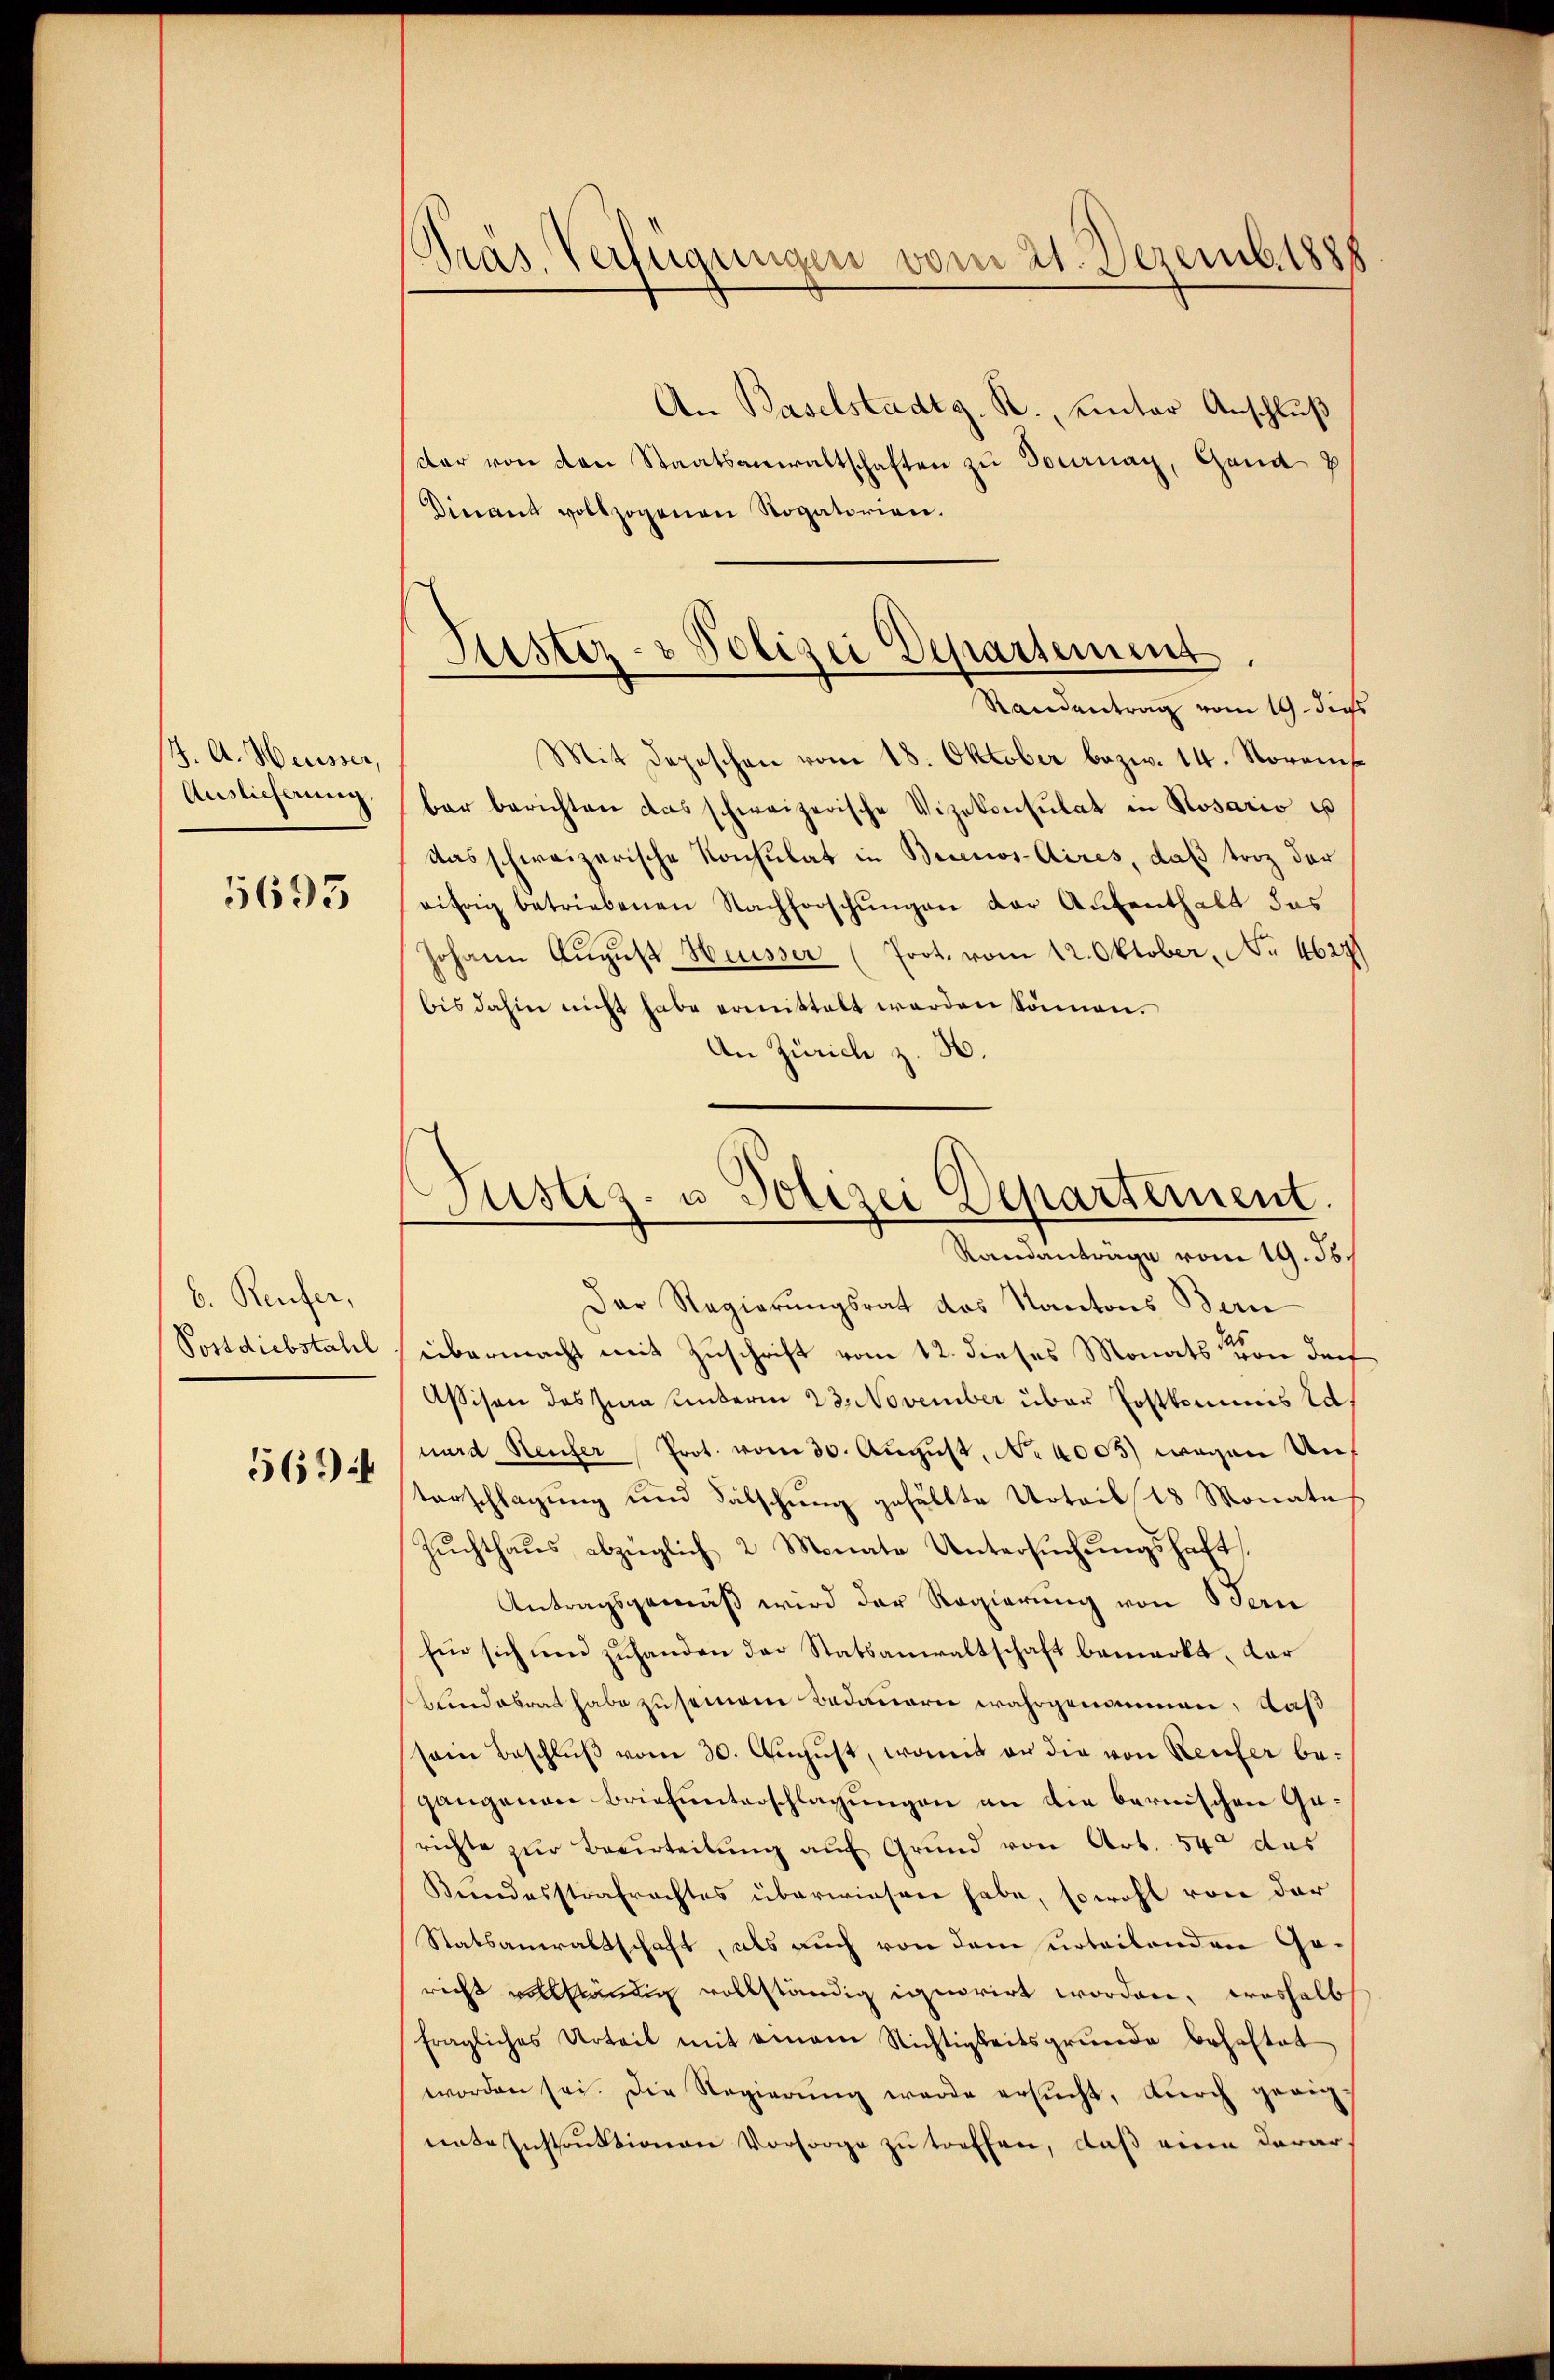
J. A. Heusser,
Auslieferung.

5693

b. Reufer,

5694

PPräs. Verfügungen vom 21. Dezemb. 1888

Justiz- & Polizei Departement,
Randantrag vom 19. die

An Baselstadtg. R., unter Anschluß
dar von den Staatsanwaltschaften zu Docenay, Gand g
Divant vollzogenen Rogatorien.
Mit Depeschen vom 18. Oktober bezw. 14. Novem
ber berichten das schweizerische Vizekonsulat in Rosario es
das schweizerische Konsulat in Buenos-Aires, daß troz der
eifrig betriebenen Nachforschŭngen der Aufenthalt das
Johann August Heusser (Prot. vom 12. Oktober, No 4627
bis dahin nicht habe ermittelt werden können.
An Zürich z. H.

Justiz- u Polizei Departement
Randanträge vom 19. ds.

Der Regierungsrat des Kantons Bern
Postdiebstahl übermacht mit Zuschrift vom 12. dieses Monats von dort
Assison des Zwa unterm 23. November über Postkommis lauard Heufer Prot. vom 30. Aŭgŭst No 4005) wegen Untarschlagung und Fälschung gefällte Urteils 18 Monate
Zuchthaus abzüglich 2 Monate Untersuchungshaft
Antragsgemäß wird der Regierung von Bern
Ein sich und zuhanden der Statsanwaltschaft bemerkt, dar
bundesrat habe zu semann Bedauern wahrgenommen, daß
sein Beschlŭβ vom 30. Aŭgŭst, womit an die von Reifer be-
gangenen Briefunterschlagungen an die bernischen Gerichte zur Beurteilung auf Grund von Art. 54 das
Bundesstrafrachtes überwiesen habe, sowohl von der
Statsanwaltschaft, als auch von dem urteilenden Gericht vollständig vollständig ignorirt worden, weshalb
fragliches Urteil mit einem Nichtigkeitsgrunde behaftet
worden sei. Die Regierŭng werde ersŭcht, dŭrch geeig-
ente Instrŭktionen Vorsorge zu treffen, daß eine darar